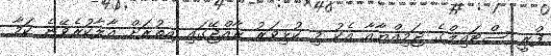
ފްރީ ސްޓައިލްގެ ޖަމިއްޔާއާ އެކު މި ކުޅިވަރު ރާއްޖޭގައި އިތުރަށް އާލާކުރެވޭނެ ކަމާ